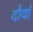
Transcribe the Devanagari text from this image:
दौर्या